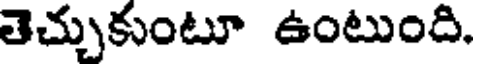
తెచ్చుకుంటూ ఉంటుంది.